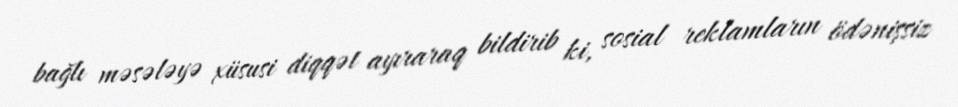
bağlı məsələyə xüsusi diqqət ayıraraq bildirib ki, sosial reklamların ödənişsiz